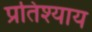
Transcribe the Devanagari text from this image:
प्रतिश्‍याय